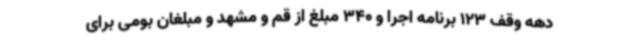
دهه وقف 123 برنامه اجرا و 340 مبلغ از قم و مشهد و مبلغان بومی برای